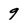
Character: g